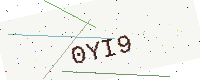
Text: 0YI9